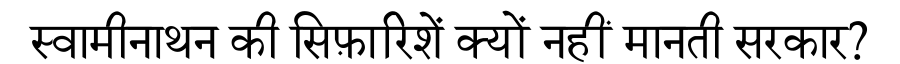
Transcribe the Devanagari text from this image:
स्वामीनाथन की सिफ़ारिशें क्यों नहीं मानती सरकार?